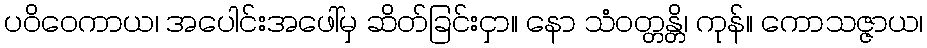
ပဝိဝေကာယ၊ အပေါင်းအဖေါ်မှ ဆိတ်ခြင်းငှာ။ နော သံဝတ္တန္တိ၊ ကုန်။ ကောသဇ္ဇာယ၊